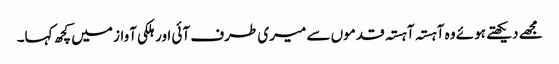
مجھے دیکھتے ہوئے وہ آہستہ آہستہ قدموں سے میری طرف آئی اور ہلکی آواز میں کچھ کہا۔